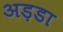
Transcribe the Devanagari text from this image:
अड़डा